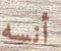
أنسه